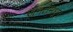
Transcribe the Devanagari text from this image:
जनतेमधून